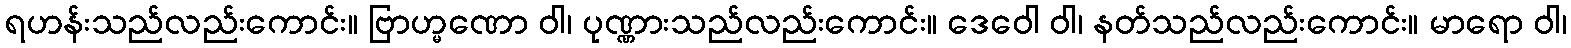
ရဟန်းသည်လည်းကောင်း။ ဗြာဟ္မဏော ဝါ၊ ပုဏ္ဏားသည်လည်းကောင်း။ ဒေဝေါ ဝါ၊ နတ်သည်လည်းကောင်း။ မာရော ဝါ၊